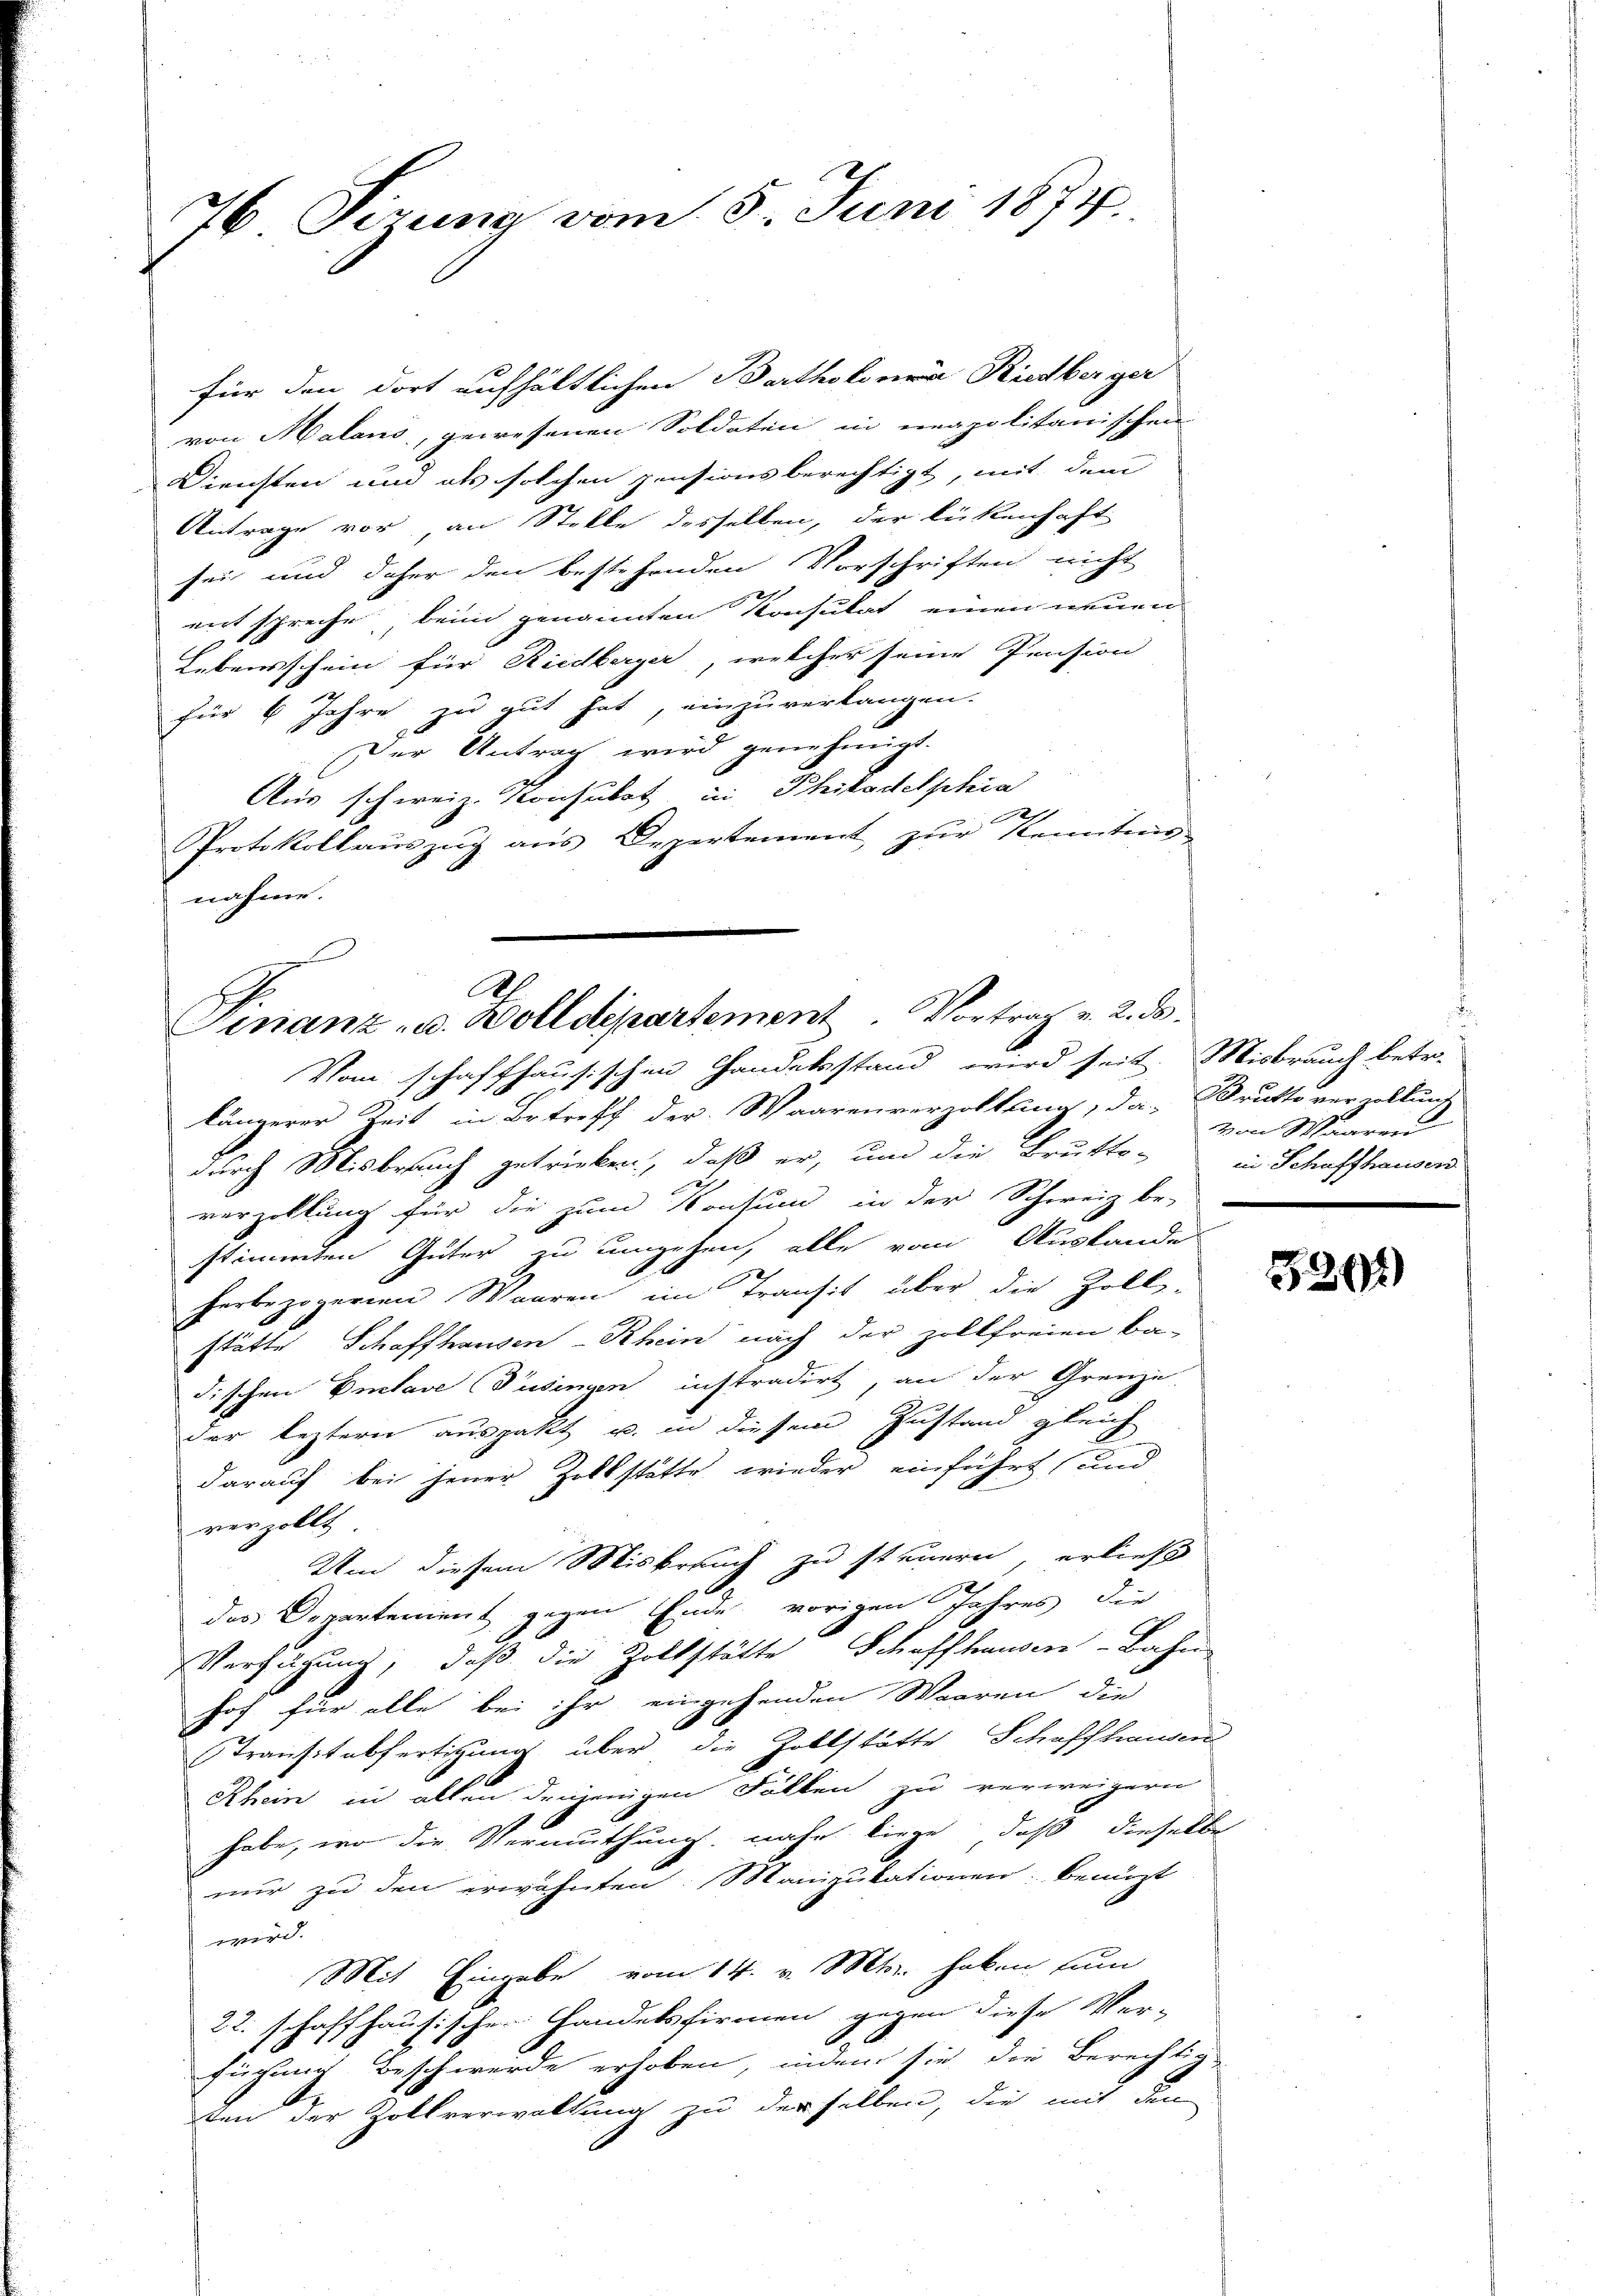
76 Sizung vom 5. Juni 1874.

für den dort aufhältlichen Bartholder Riedberger
von Malans, gewesenen Soldaten in neapolitanischen
Diensten und als solchen pensionsberechtigt, mit dem
Antrage vor an Stelle desselben, der lückenhaft
sei und daher den bestehenden Vorschriften nicht
entspreche, beim genannten Konsulat einen neuen
Lebensschein für Riedberger, welcher seine Pension
für 6 Jahre zu gut hat, einzuverlangen.
Der Antrag wird genehmigt.
Aus schweiz. Konsulat in Philadelphia
e
Protokollauszug aus Depertement zur Kenntnis
nahme.

C
Finanz- u. Zolldepartement. Vortrag v. 2. ds.

Vom schaffhausischen Handelsstand wird seit. Misbrauch betr.
längerer Zeit in Betreff der Waarenverzoltung, da Brutto verwaltung
durch Misbrauch getrieben, daß er, um die Brutto- in Schaffhausers
verzollung für die zum Konsum in der Schweiz be-
stimmten Güter zu ungehen, alle vom Austande
1
herbezögernen Waaren im Transit über die Zoll-
stätte Schaffhausen - Rhein nach der Zollfreien Badischen Enclave (Pusingen instradirt, an der Grenze
der leztern auspakt u. in diesem Zustand gleich
darauf bei jener Zollstätte wieder einführt (und
rerzollt
Um diesem Misbrauch zu steuern, erließ
das Departement gegen Ende vorigen Jahres die
Verfügung, daß die Zollstätte Schaffhausen-Bahn
hof für alle bei ihr eingehenden Waaren die
Transtabfertigung über die Zollstätte Schaffhausen
Rhein in allen denjenigen Falken zu verweigern
habe, wo die Vermuthung, nahe liege, daß dieselbe
nur zu den erwähnten Manipukationen: Benuzt
werde
Mit Eingabe vom 14. v. Mts. haben zum
22. schaffhausischen Handelsfirmen gegen diese Ver-
fügung Beschwerde erhoben, indem sie die Berechtig
ten der Zollverwaltung zu derselben, die mit den

von Waaren

8202)